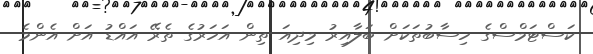
ކަސްޓަމްސްގެ ހިސާބުތަކަށް ބަލާއިރު މިދިއަ ތިން އަހަރުގެ ތެރޭ އައްޑު އަށް އެންމެ